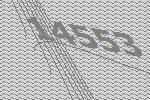
14553